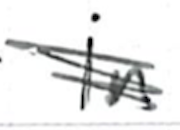
Text: in
Cross-out: scratch
Writing tool: ballpoint